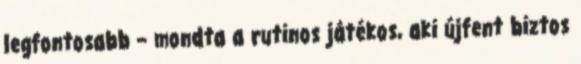
legfontosabb – mondta a rutinos játékos, aki újfent biztos